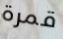
قمرة